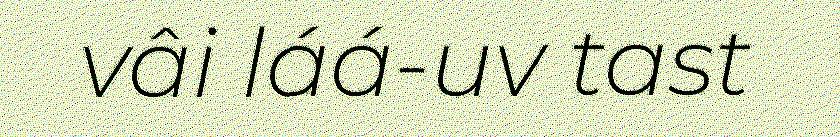
vâi láá-uv tast